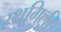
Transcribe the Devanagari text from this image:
स्थगिली